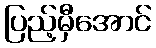
ပြည့်မှီအောင်